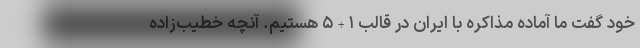
خود گفت ما آماده مذاکره با ایران در قالب ۱+۵ هستیم. آنچه خطیب‌زاده